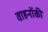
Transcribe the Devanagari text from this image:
वाहनोंकी